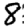
Digit: 8